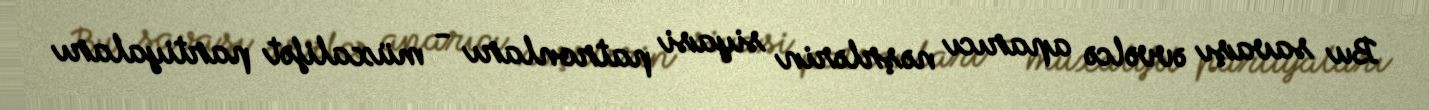
Bu savaşı əvvəlcə aparıcı nəşrlərin siyasi patronları - müxalifət partiyaları